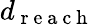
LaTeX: d_{\mathrm{~r~e~a~c~h~}}